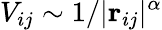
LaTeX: V_{ij}\sim 1/|\mathbf r_{ij}|^{\alpha}